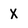
Character: X